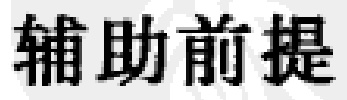
辅助前提